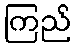
ကြည်